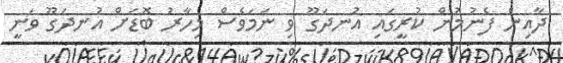
ދާއިން ފެނުމުން ކުރީގައި އުނދަގޫ ވި ނަމަވެސް މިހާރު ބޮޑަށް އުނދަގޫ ވަނީ